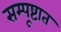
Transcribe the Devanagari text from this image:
सम्पूष्टात